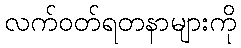
လက်ဝတ်ရတနာများကို